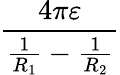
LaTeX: \frac{4\pi\varepsilon}{{\frac{1}{R_{1}}}-{\frac{1}{R_{2}}}}